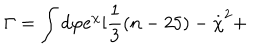
LaTeX: \Gamma = \int d \varphi e ^ { \chi } [ \frac { 1 } { 3 } ( n - 2 5 ) - \stackrel { . } { \chi } ^ { 2 } +